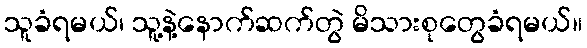
သူခံရမယ်၊ သူ့နဲ့နောက်ဆက်တွဲ မိသားစုတွေခံရမယ်။